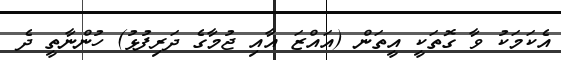
އެކަމަކު ވާ ގޮތަކީ އީތަން (އައްޒަ އާއި ޖުމާގެ ދަރިފުޅު) ހުންނާތީ ދެ